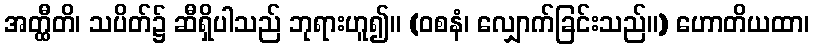
အတ္ထီတိ၊ သပိတ်၌ ဆီရှိပါသည် ဘုရားဟူ၍။ (ဝစနံ၊ လျှောက်ခြင်းသည်။) ဟောတိယထာ၊